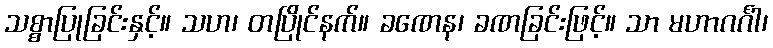
သစ္စာပြုခြင်းနှင့်။ သဟ၊ တပြိုင်နက်။ ခဏေန၊ ခဏခြင်းဖြင့်။ သာ မဟာဂင်္ဂါ၊